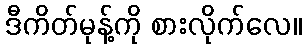
ဒီကိတ်မုန့်ကို စားလိုက်လေ။